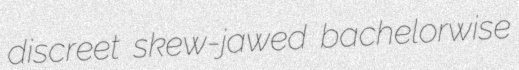
discreet skew-jawed bachelorwise